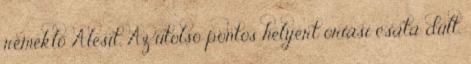
remeklő Alesit. Az utolsó pontos helyért óriási csata dúlt,